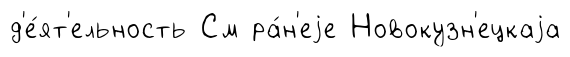
д'е́ят'ельность См ра́н'еjе Новокузн'ецкаjа